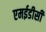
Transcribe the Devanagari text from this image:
एमईडीसी